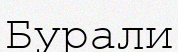
Бурали